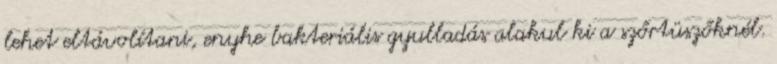
lehet eltávolítani, enyhe bakteriális gyulladás alakul ki a szőrtüszőknél.